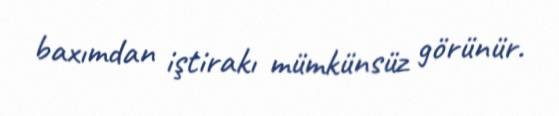
baxımdan iştirakı mümkünsüz görünür.